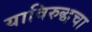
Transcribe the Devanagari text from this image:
याविरुद्धचा